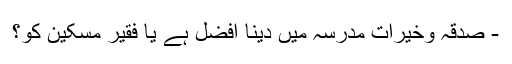
- صدقہ وخیرات مدرسہ میں دینا افضل ہے یا فقیر مسکین کو؟